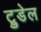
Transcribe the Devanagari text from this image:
ट्रुडेल